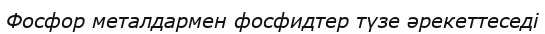
Фосфор металдармен фосфидтер түзе әрекеттеседі